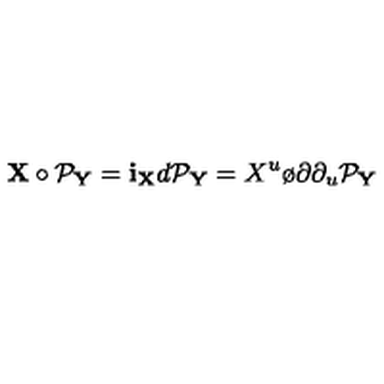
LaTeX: { \bf X } \circ { \cal P } _ { \bf Y } = { \bf i } _ { \bf X } d { \cal P } _ { \bf Y } = X ^ { u } { \o { \partial } { \partial _ { u } } } { \cal P } _ { \bf Y } \,